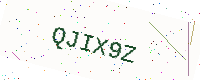
Text: QJIX9Z